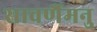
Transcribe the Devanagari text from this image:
सावर्णैमनु